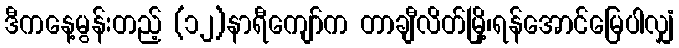
ဒီကနေ့မွန်းတည့် (၁၂)နာရီကျော်က တာချီလိတ်မြို့၊ရန်အောင်မြေပါလျှံ